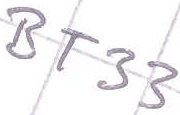
Text: BT33